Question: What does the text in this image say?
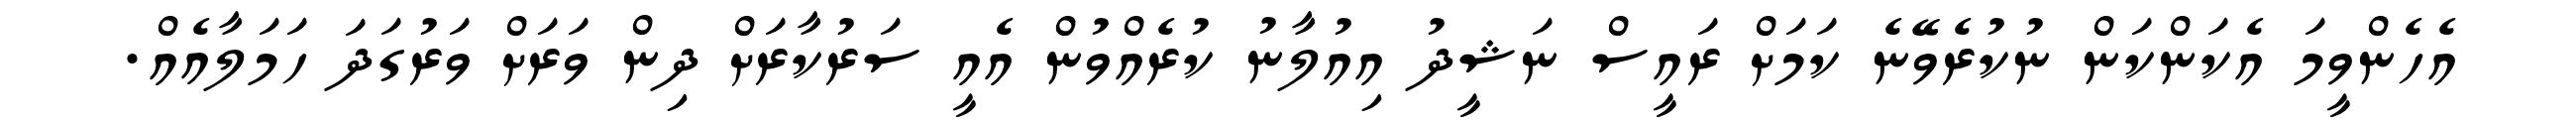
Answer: އެހެންވީމަ އެކަންކަން ނުކުރެވޭނެ ކަމަށް ރައީސް ނަޝީދު އިއުލާނު ކުރެއްވުން އެއީ ސަރުކާރަށް ދިން ވަރަށް ވަރުގަދަ ހަމަލާއެއް.